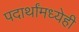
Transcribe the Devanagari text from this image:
पदार्थांमध्येही